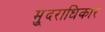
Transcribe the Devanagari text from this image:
मु्दराधिकार